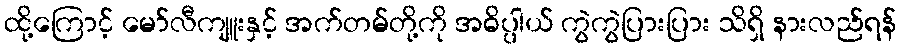
ထို့ကြောင့် မော်လီကျူးနှင့် အက်တမ်တို့ကို အဓိပ္ပါယ် ကွဲကွဲပြားပြား သိရှိ နားလည်ရန်